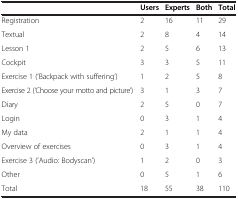
|  | Users | Experts | Both | Total |
 | --- | --- | --- | --- | --- |
 | Registration | 2 | 16 | 11 | 29 |
 | Textual | 2 | 8 | 4 | 14 |
 | Lesson 1 | 2 | 5 | 6 | 13 |
 | Cockpit | 3 | 3 | 5 | 11 |
 | Exercise 1 (‘Backpack with suffering’) | 1 | 2 | 5 | 8 |
 | Exercise 2 (‘Choose your motto and picture’) | 3 | 1 | 3 | 7 |
 | Diary | 2 | 5 | 0 | 7 |
 | Login | 0 | 3 | 1 | 4 |
 | My data | 2 | 1 | 1 | 4 |
 | Overview of exercises | 0 | 3 | 1 | 4 |
 | Exercise 3 (‘Audio: Bodyscan’) | 1 | 2 | 0 | 3 |
 | Other | 0 | 5 | 1 | 6 |
 | Total | 18 | 55 | 38 | 110 |